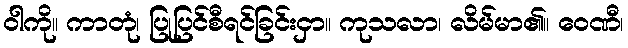
ဝါကို။ ကာတုံ၊ ပြုပြင်စီရင်ခြင်းငှာ။ ကုသလာ၊ လိမ်မာ၏။ ဝေဏီ၊